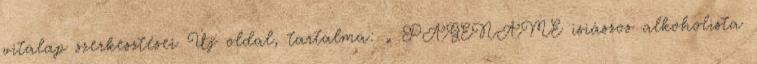
vitalap szerkesztései Új oldal, tartalma: „ PAGENAME isiászos alkoholista